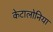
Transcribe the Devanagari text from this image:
केटालोनिया